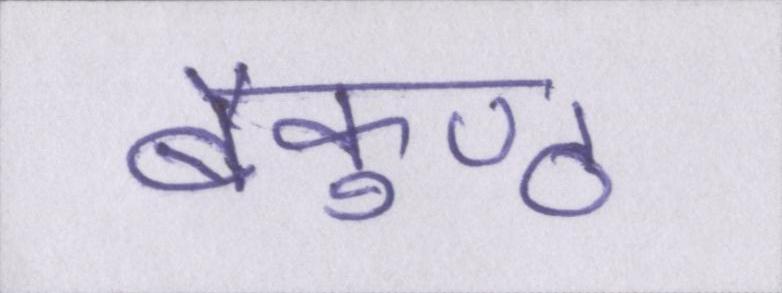
बैकुण्ठ